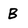
Character: B